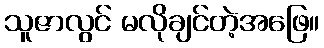
သူဇာလွင် မလိုချင်တဲ့အဖြေ။